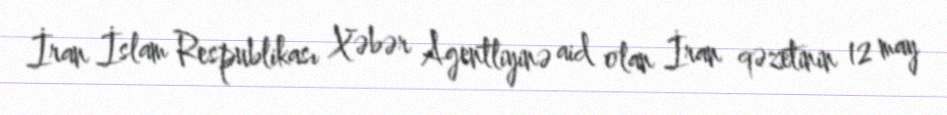
İran İslam Respublikası Xəbər Agentliyinə aid olan İran qəzetinin 12 may